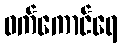
ဝက်ကောင်ရေ